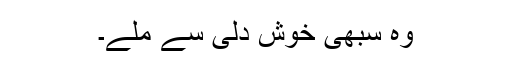
وہ سبھی خوش دلی سے ملے۔